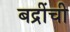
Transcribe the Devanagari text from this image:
बद्रींची